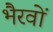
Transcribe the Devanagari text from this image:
भैरवों